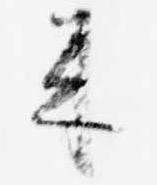
来